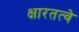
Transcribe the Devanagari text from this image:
क्षारतत्वे